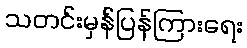
သတင်းမှန်ပြန်ကြားရေး